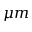
\mu m